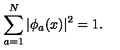
\sum _ { a = 1 } ^ { N } | \phi _ { a } ( x ) | ^ { 2 } = 1 .